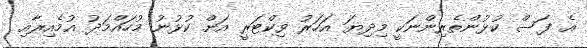
އެ ފަސް ކުޅުންތެރިންނަކީ މިދިޔަ އަހަރު ވިކްޓަރީ އަށް ކުޅުނު މުހައްމަދު އުމެއިރާއި